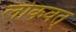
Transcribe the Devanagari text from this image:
लोकवत्